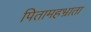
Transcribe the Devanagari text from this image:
पितामहभ्राता